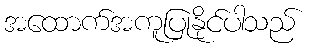
အထောက်အကူပြုနိုင်ပါသည်